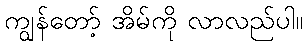
ကျွန်တော့် အိမ်ကို လာလည်ပါ။